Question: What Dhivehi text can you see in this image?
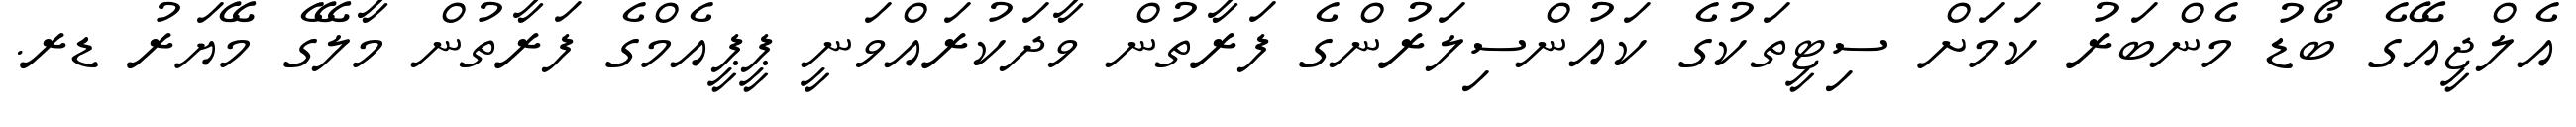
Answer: އެލްޖީއޭގެ ބޯޑު މެންބަރު ކަމަށް ސިޓީތަކުގެ ކައުންސިލަރުންގެ ފަރާތުން ވާދަކުރައްވަނީ ޕީޕީއެމްގެ ފަރާތުން މާލޭގެ މޭޔަރު ޑރ.